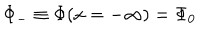
\Phi _ { - } \equiv \Phi ( x = - \infty ) = \Phi _ { 0 }